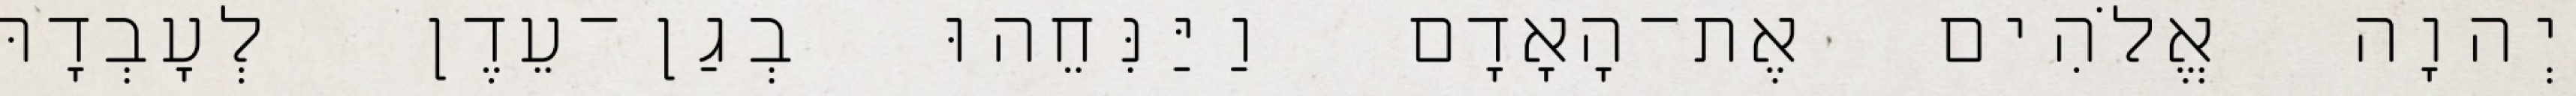
יְהוָה אֱלֹהִים אֶת־הָאָדָם וַיַּנִּחֵהוּ בְגַן־עֵדֶן לְעָבְדָהּ